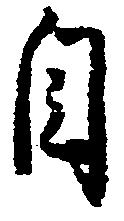
自